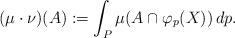
LaTeX: \begin{align*}(\mu \cdot \nu)(A):= \int_P \mu(A \cap \varphi_p(X)) \, dp.\end{align*}